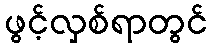
ဖွင့်လှစ်ရာတွင်